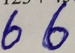
6 6